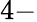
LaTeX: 4-